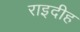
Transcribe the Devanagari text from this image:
राइदीह